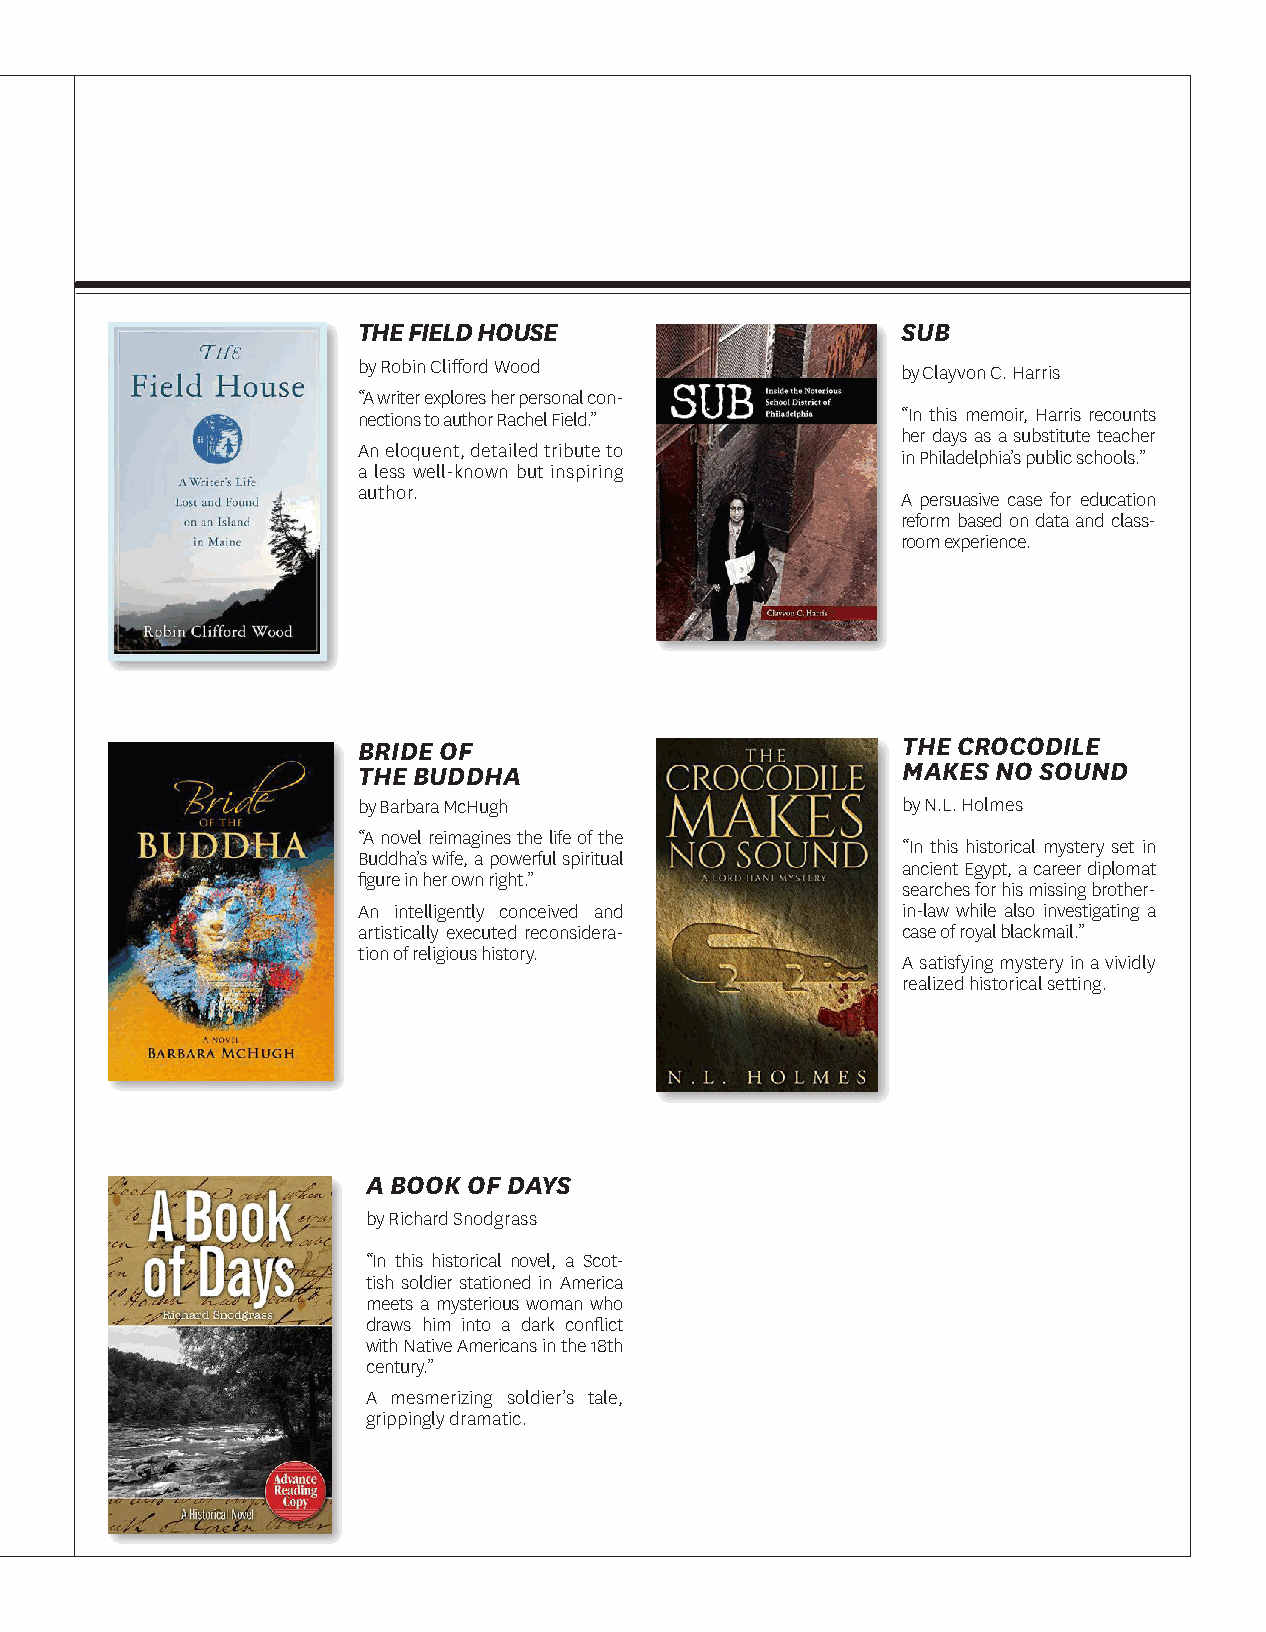
THE FIELD HOUSE                     SUB
 by Robin Clifford Wood              by Clayvon C. Harris
 “A writer explores her personal con-
 nections to author Rachel Field.”   “In this memoir, Harris recounts
 her days as a substitute teacher
 An eloquent, detailed tribute to
 in Philadelphia’s public schools.”
 a less well-known but inspiring
 author.
 A persuasive case for education
 reform based on data and class-
 room experience.
 BRIDE OF                            THE CROCODILE
 THE BUDDHA                          MAKES NO SOUND
 by Barbara McHugh                   by N.L. Holmes
 “A novel reimagines the life of the
 “In this historical mystery set in
 Buddha’s wife, a powerful spiritual
 ancient Egypt, a career diplomat
 figure in her own right.”
 searches for his missing brother-
 An intelligently conceived and      in-law while also investigating a
 artistically executed reconsidera-  case of royal blackmail.”
 tion of religious history.
 A satisfying mystery in a vividly
 realized historical setting.
 A BOOK OF DAYS
 by Richard Snodgrass
 “In this historical novel, a Scot-
 tish soldier stationed in America
 meets a mysterious woman who
 draws him into a dark conflict
 with Native Americans in the 18th
 century.”
 A mesmerizing soldier’s tale,
 grippingly dramatic.